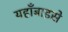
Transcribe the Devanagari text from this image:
यहाँबाइसे